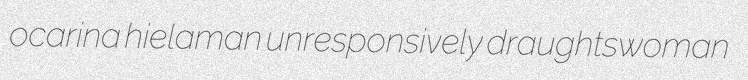
ocarina hielaman unresponsively draughtswoman